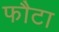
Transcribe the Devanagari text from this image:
फौटा